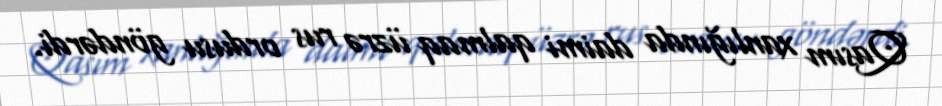
Qasım xanlığında daimi qalmaq üzrə rus ordusu göndərdi.